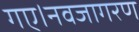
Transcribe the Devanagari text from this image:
गए।नवजागरण